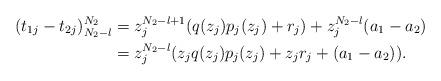
LaTeX: \begin{align*}(t_{1j}-t_{2j})_{N_2-l}^{N_2}&= z_j^{N_2-l+1}(q(z_j)p_j(z_j)+r_j)+z_j^{N_2-l}(a_{1}-a_{2})\\&=z_j^{N_2-l}(z_jq(z_j)p_j(z_j)+z_jr_j+(a_{1}-a_{2})).\end{align*}